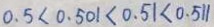
0 . 5 < 0 . 5 0 1 < 0 . 5 1 < 0 . 5 1 1